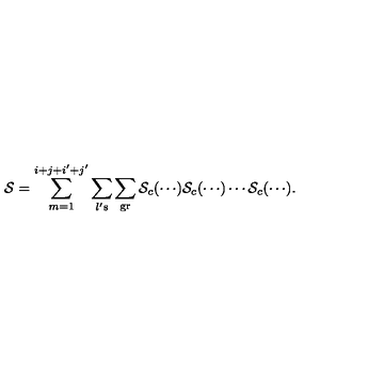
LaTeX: { \cal S } = \sum _ { m = 1 } ^ { i + j + i ^ { \prime } + j ^ { \prime } } \sum _ { l \mathrm { ' \scriptsize { s } } } \sum _ { \mathrm { \scriptsize { g r } } } { \cal S } _ { c } ( \cdots ) { \cal S } _ { c } ( \cdots ) \cdots { \cal S } _ { c } ( \cdots ) .